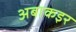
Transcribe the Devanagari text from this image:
अबाकइर